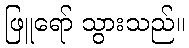
ဖြူရော် သွားသည်။